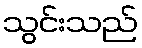
သွင်းသည်